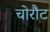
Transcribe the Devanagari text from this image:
चोरौट